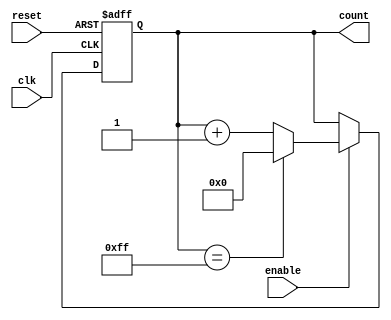
module pulse_counter #(
    parameter WIDTH = 8 // Configurable width of the counter (8, 16, 32, etc.)
) (
    input wire clk,        // Clock signal
    input wire enable,     // Count enable signal
    input wire reset,      // Asynchronous reset signal
    output reg [WIDTH-1:0] count = 0 // Current count value
);

    // Always block for synchronous counting and reset behavior
    always @(posedge clk or posedge reset) begin
        if (reset) begin
            count <= 0; // Reset the counter to zero
        end else if (enable) begin
            if (count == {WIDTH{1'b1}}) begin
                count <= 0; // Wrap around on overflow
            end else begin
                count <= count + 1; // Increment the counter
            end
        end
    end

endmodule